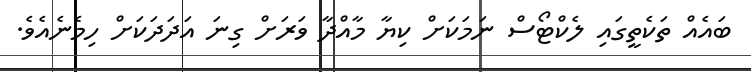
ބައެއް ތަކެތީގައި ލެކްޓޯސް ނަމަކަށް ކިޔާ މާއްދާ ވަރަށް ގިނަ އަދަދަކަށް ހިމެނެއެވެ.